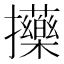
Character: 𢺇